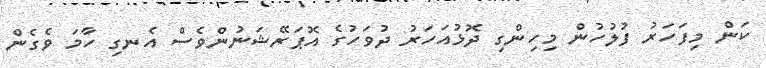
ކަން މިފަހަރު ފުލުހުން މިހިންގި ދޮޅުއަހަރު ދުވަހުގެ އޮޕަރޭޝަނުންވެސް އެނގި ހާމަ ވެގެން